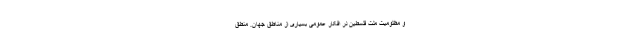
و مظلومیّت ملّت فلسطین در افکار عمومیِ بسیاری از مناطق جهان. منطق